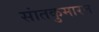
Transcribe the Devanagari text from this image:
सांतकुमारन